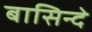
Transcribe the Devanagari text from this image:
बासिन्दे